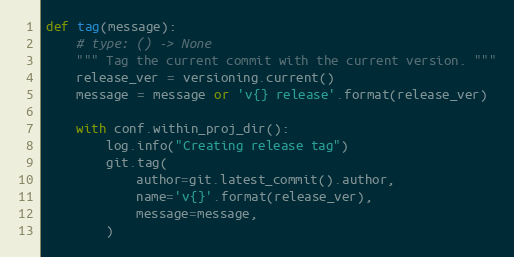
Language: Python
def tag(message):
    # type: () -> None
    """ Tag the current commit with the current version. """
    release_ver = versioning.current()
    message = message or 'v{} release'.format(release_ver)

    with conf.within_proj_dir():
        log.info("Creating release tag")
        git.tag(
            author=git.latest_commit().author,
            name='v{}'.format(release_ver),
            message=message,
        )